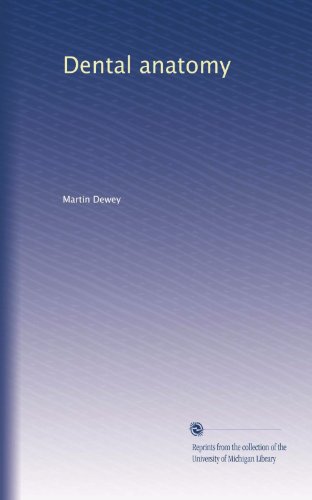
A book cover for Dental anatomy (Volume 2); Martin Dewey; Medical Books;